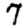
Digit: 7